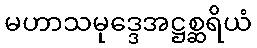
မဟာသမုဒ္ဒေအဋ္ဌစ္ဆရိယံ